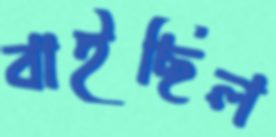
বাইছিল